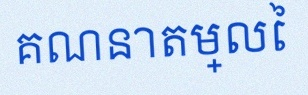
គណនាតម្លៃ